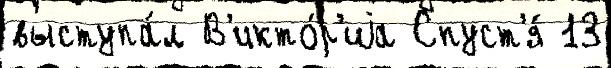
выступа́л В'икто́р'иjа Спуст'я́ 13